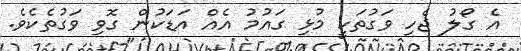
އެ ގޯލު ޖެހި ވަގުތަކީ މުޅި ގައުމު އެއް އަޑަކުން ގޮވި ވަގުތެކެވެ.